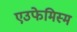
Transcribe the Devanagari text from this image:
एउफेमिस्म